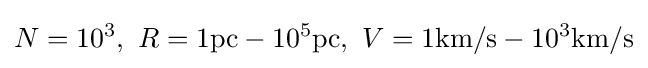
N=10^{3},~R=\mathrm {1pc-10^{5}pc} ,~V=\mathrm {1km/s-10^{3}km/s}